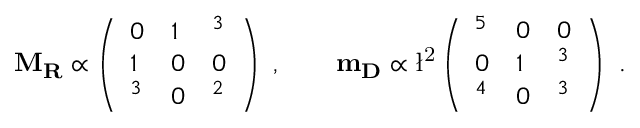
\bf M _ { R } \propto \left( \begin{array} { l l l } { { 0 } } & { { 1 } } & { { \l ^ { 3 } } } \\ { { 1 } } & { { 0 } } & { { 0 } } \\ { { \l ^ { 3 } } } & { { 0 } } & { { \l ^ { 2 } } } \end{array} \right) \ , \qquad \bf m _ { D } \propto \mathrm { \l ^ { 2 } } \left( \begin{array} { l l l } { { \l ^ { 5 } } } & { { 0 } } & { { 0 } } \\ { { 0 } } & { { 1 } } & { { \l ^ { 3 } } } \\ { { \l ^ { 4 } } } & { { 0 } } & { { \l ^ { 3 } } } \end{array} \right) \ .